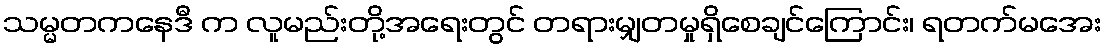
သမ္မတကနေဒီ က လူမည်းတို့အရေးတွင် တရားမျှတမှုရှိစေချင်ကြောင်း၊ ရတက်မအေး